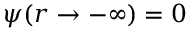
\psi ( r \rightarrow - \infty ) = 0